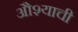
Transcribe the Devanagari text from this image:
औश्याची